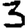
Digit: 3